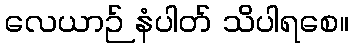
လေယာဉ် နံပါတ် သိပါရစေ။